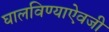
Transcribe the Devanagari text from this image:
घालविण्याऐवजी